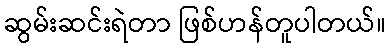
ဆွမ်းဆင်းရဲတာ ဖြစ်ဟန်တူပါတယ်။